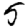
Digit: 5